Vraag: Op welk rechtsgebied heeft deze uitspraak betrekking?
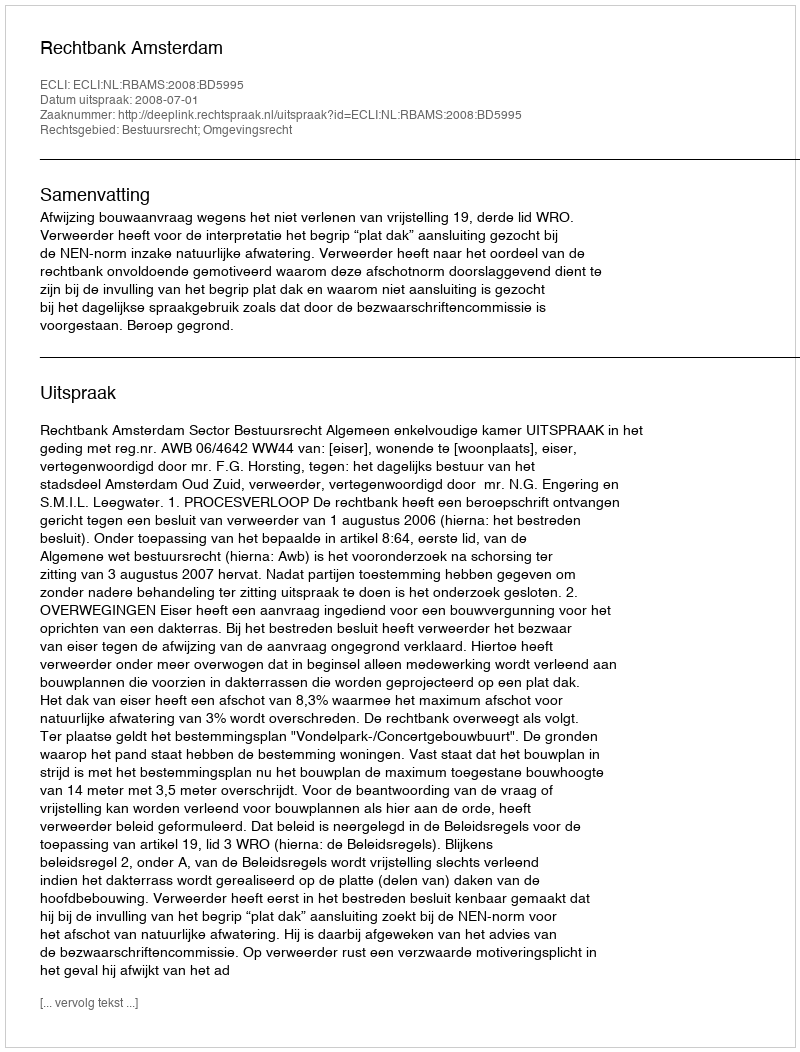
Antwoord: Bestuursrecht; Omgevingsrecht